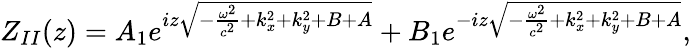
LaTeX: Z_{II}(z)=A_{1}e^{iz\sqrt{-\frac{\omega^{2}}{c^{2}}+k_{x}^{2}+k_{y}^{2}+B+A}}+B_{1}e^{-iz\sqrt{-\frac{\omega^{2}}{c^{2}}+k_{x}^{2}+k_{y}^{2}+B+A}},